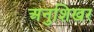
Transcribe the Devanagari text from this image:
अनुशिखर